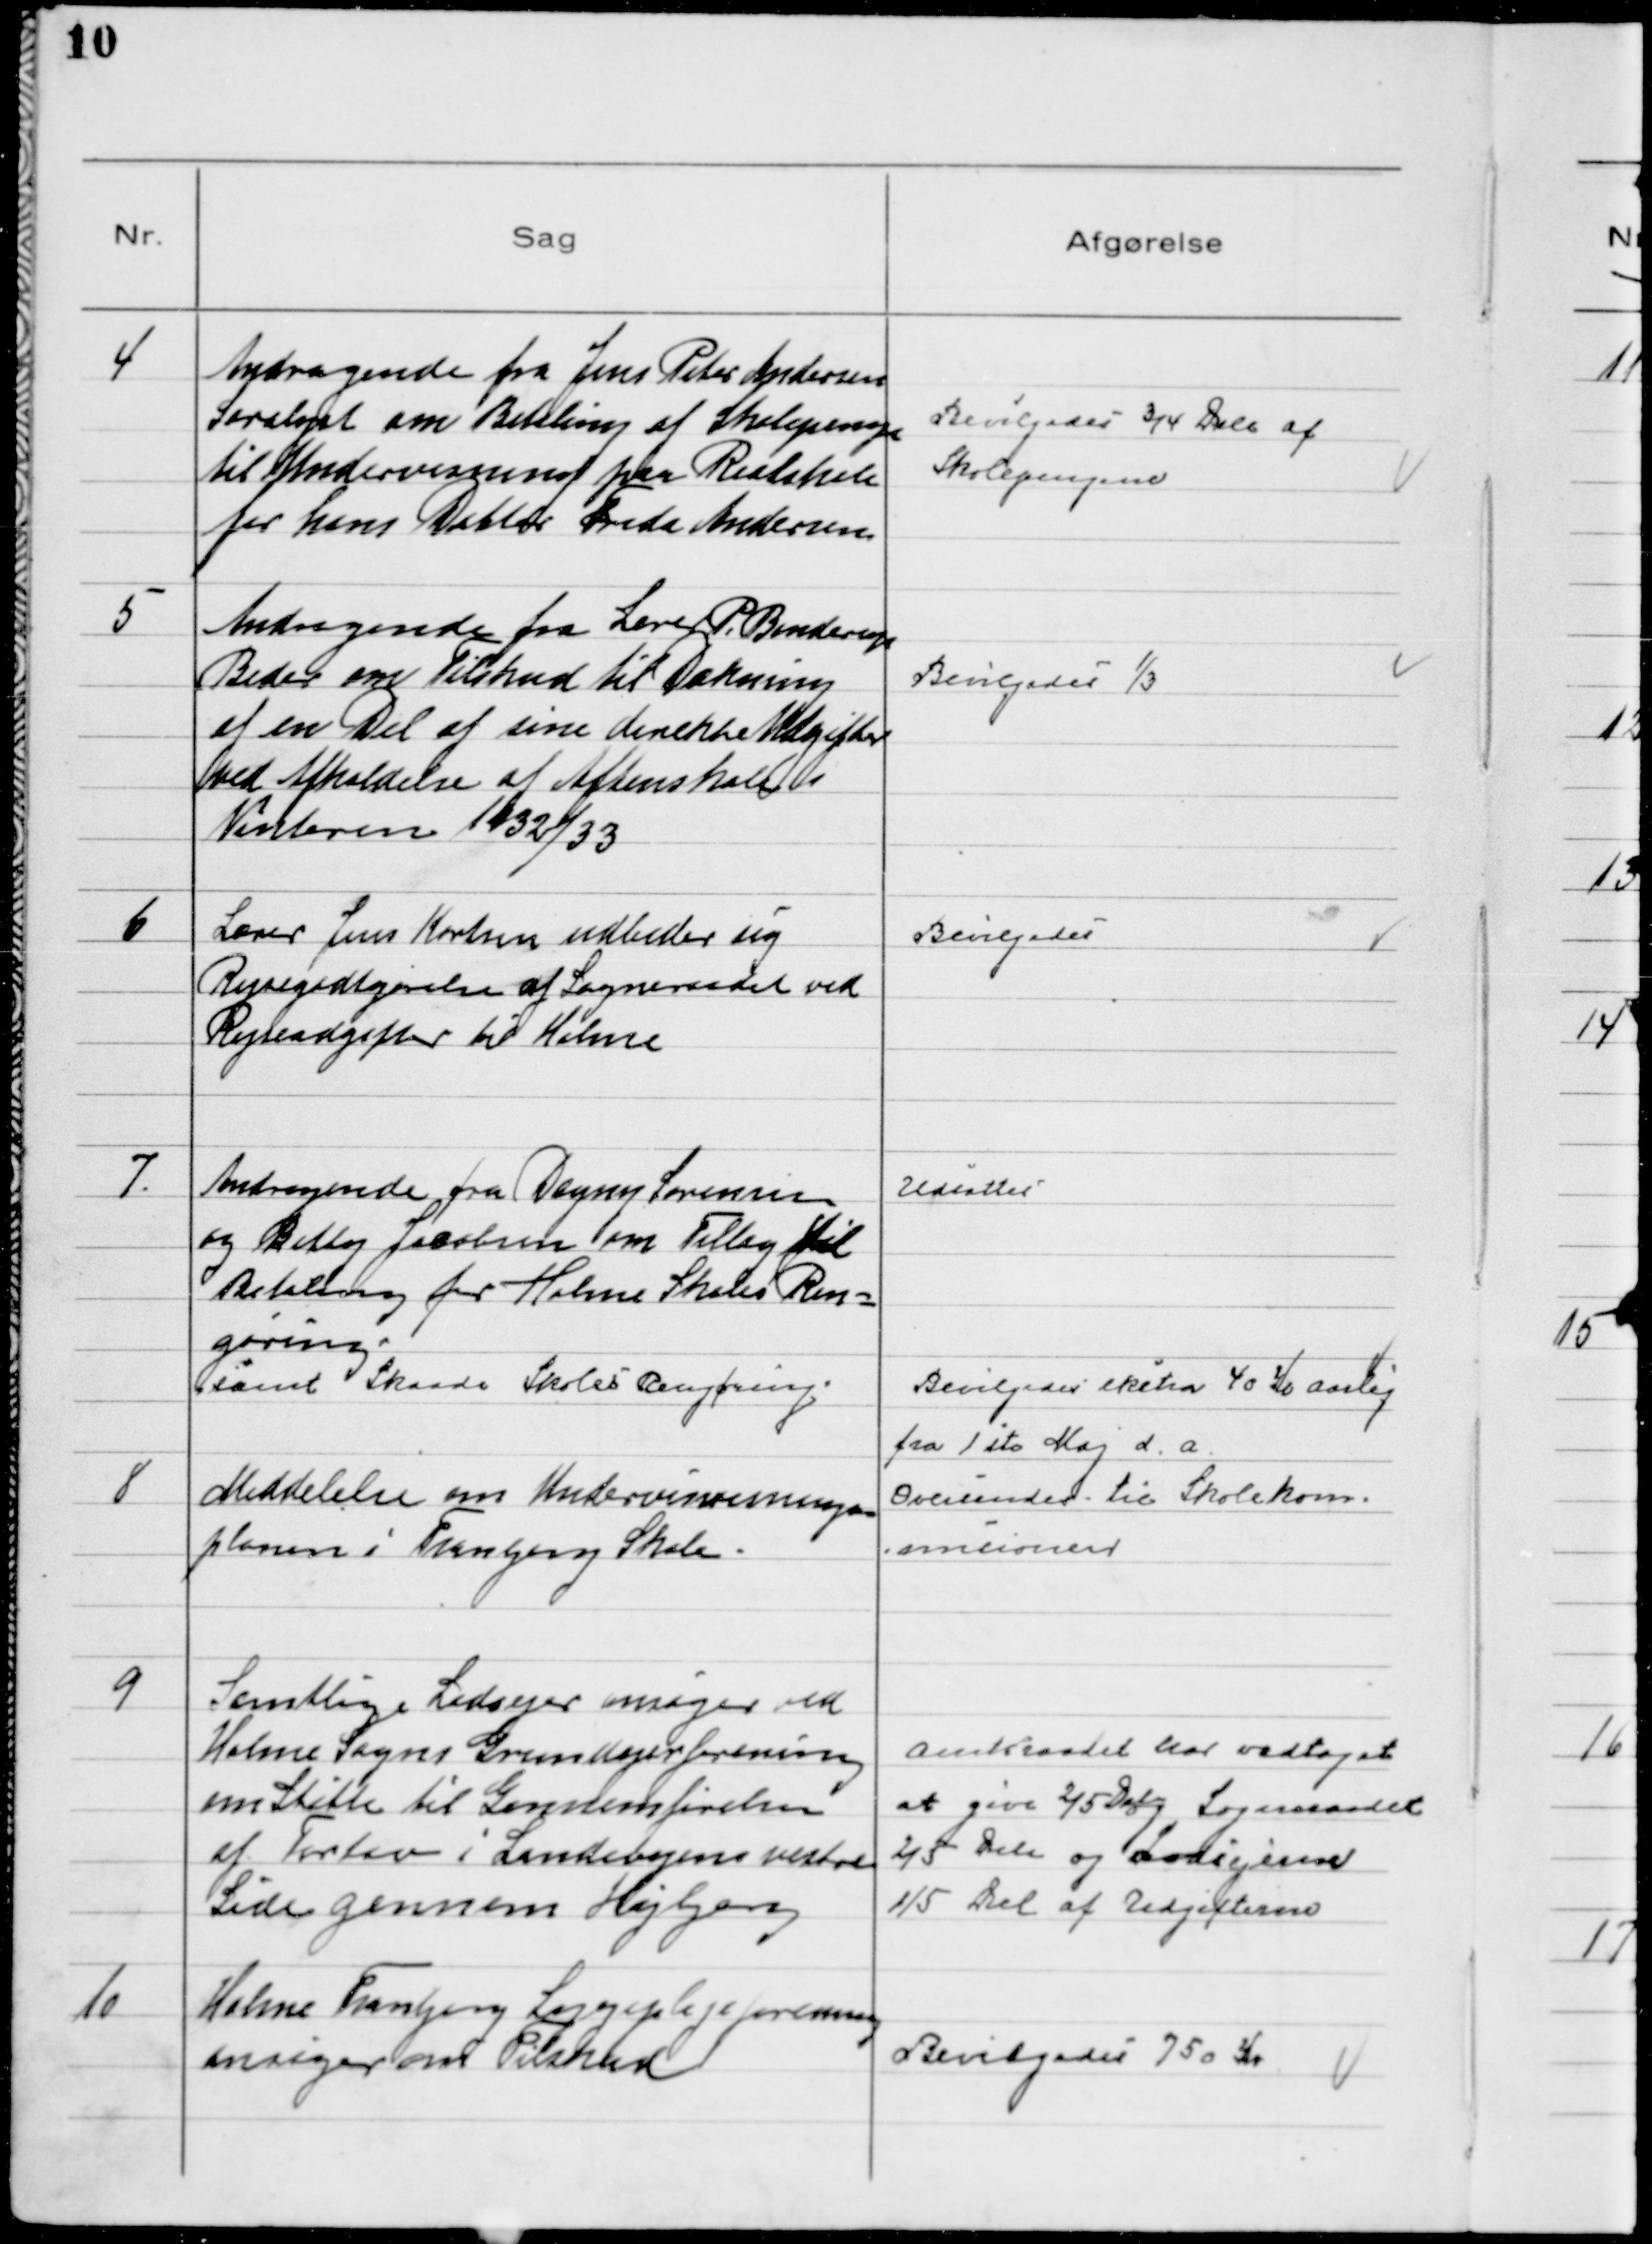
Transskription:
4
Andragende fra Jens Peter Andersen
Saralyst om Betaling af Skolepenge
til Undervisning paa Realskole
for hans Datter Frida Andersen

Bevilgedes ¾ Dele af
Skolepengene

5
Andragende fra Lærer P. Binderup
Beder om Tilskud til Dækning
af en Del af sine direkte Udgifter
ved Afholdelse af Aftenskole i
Vinteren 1932/33

Bevilgedes ⅓

6
Lærer Jens Karlsen udbeder sig
Rejsegodtgørelse af Sogneraadet ved
Rejseudgifter til Holme

Bevilgedes

7.
Andragende fra Dagny Sørensen
og Betty Jacobsen om Tillæg til
Betaling for Holme Skoles Ren-
gøring.
samt Skaade Skoles Rengøring.

Udsattes
Bevilgedes ekstra 40 Kr Aarlig
fra 1 ste Maj d.a.

8
Meddelelse om Undervisnings
planen i Tranbjerg Skole.

Oversendes til Skolekom-
misionen

9
Samtlige Lodsejer ansøger ved
Holme Sogns Grundejerforening
om Skilte til Gennemførelsen
af Fortov i Landsbyens vestre
Side gennem Højbjerg

Amtsraadet har vedtaget
at give ⅖ Dele Sogneraadet
⅖ Dele og Lodsejerne
⅕ Del af Udgifterne

10
Holme Tranbjerg Sygeplejeforening
ansøger om Tilskud

Bevilgedes 750 Kr